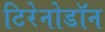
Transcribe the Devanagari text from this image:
टिरेनोडॉन